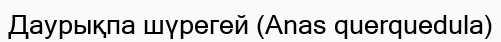
Даурықпа шүрегей (Anas querquedula)